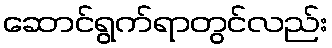
ဆောင်ရွက်ရာတွင်လည်း